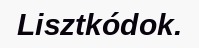
Lisztkódok.